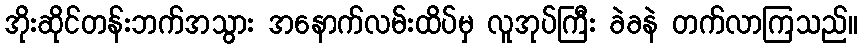
အိုးဆိုင်တန်းဘက်အသွား အနောက်လမ်းထိပ်မှ လူအုပ်ကြီး ခဲခနဲ တက်လာကြသည်။